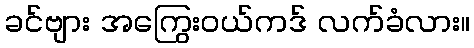
ခင်ဗျား အကြွေးဝယ်ကဒ် လက်ခံလား။